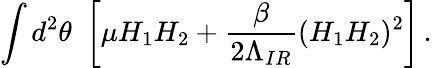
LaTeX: \int d^{2}\theta\, \, \left[\mu H_{1}H_{2}+\frac{\beta}{2\Lambda_{IR}}(H_{1}H_{2})^{2}\right]\, .